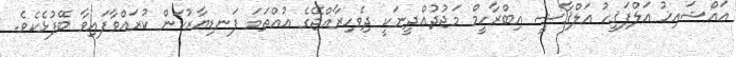
އައްޝައިޚު އަލްފަޤީހު އަލްޤާޟީ އިބްރާހީމް މަޖުދުއްދީނަކީ ދިވެހިރާއްޖޭގެ އުއްތަމަ ފަނޑިޔާރުކަން ކުރައްވާފައިވާ ބޭފުޅެކެވެ.